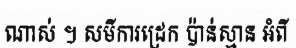
ណាស់ ។ សមីការដ្រេក ប៉ាន់ស្មាន អំពី